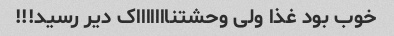
خوب بود غذا ولی وحشتناااااااک دیر رسید!!!